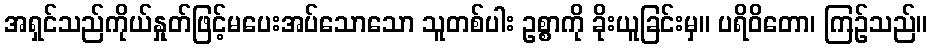
အရှင်သည်ကိုယ်နှုတ်ဖြင့်မပေးအပ်သောသော သူတစ်ပါး ဥစ္စာကို ခိုးယူခြင်းမှ။ ပရိဝိတော၊ ကြဉ်သည်။